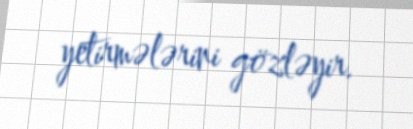
yetirmələrini gözləyir.